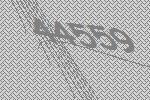
44559